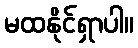
မထနိုင်ရှာပါ။